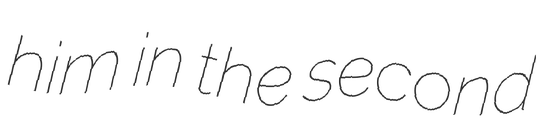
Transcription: him in the second